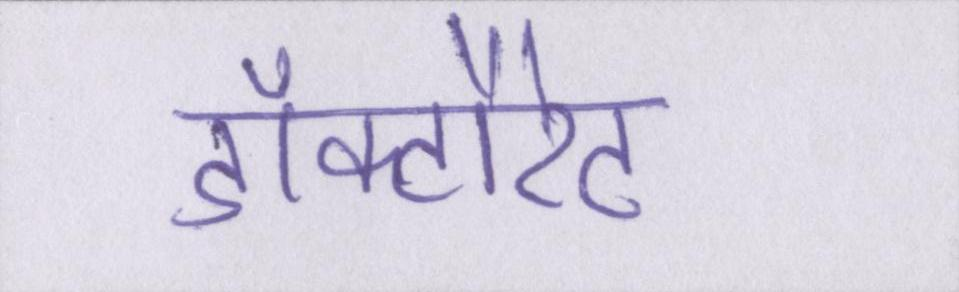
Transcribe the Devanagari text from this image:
डॉक्टौरेट